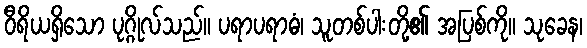
ဝီရိယရှိသော ပုဂ္ဂိုလ်သည်။ ပရာပရာဓံ၊ သူတစ်ပါးတို့၏ အပြစ်ကို။ သုခေန၊